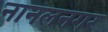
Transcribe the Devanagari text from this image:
नानलनगर